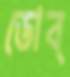
ডোব্‌